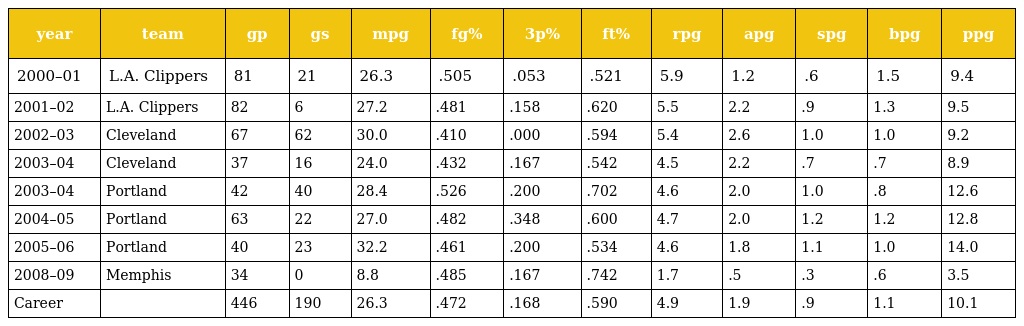
| year | team | gp | gs | mpg | fg% | 3p% | ft% | rpg | apg | spg | bpg | ppg |
 | --- | --- | --- | --- | --- | --- | --- | --- | --- | --- | --- | --- | --- |
 | 2000–01 | L.A. Clippers | 81 | 21 | 26.3 | .505 | .053 | .521 | 5.9 | 1.2 | .6 | 1.5 | 9.4 |
 | 2001–02 | L.A. Clippers | 82 | 6 | 27.2 | .481 | .158 | .620 | 5.5 | 2.2 | .9 | 1.3 | 9.5 |
 | 2002–03 | Cleveland | 67 | 62 | 30.0 | .410 | .000 | .594 | 5.4 | 2.6 | 1.0 | 1.0 | 9.2 |
 | 2003–04 | Cleveland | 37 | 16 | 24.0 | .432 | .167 | .542 | 4.5 | 2.2 | .7 | .7 | 8.9 |
 | 2003–04 | Portland | 42 | 40 | 28.4 | .526 | .200 | .702 | 4.6 | 2.0 | 1.0 | .8 | 12.6 |
 | 2004–05 | Portland | 63 | 22 | 27.0 | .482 | .348 | .600 | 4.7 | 2.0 | 1.2 | 1.2 | 12.8 |
 | 2005–06 | Portland | 40 | 23 | 32.2 | .461 | .200 | .534 | 4.6 | 1.8 | 1.1 | 1.0 | 14.0 |
 | 2008–09 | Memphis | 34 | 0 | 8.8 | .485 | .167 | .742 | 1.7 | .5 | .3 | .6 | 3.5 |
 | Career |  | 446 | 190 | 26.3 | .472 | .168 | .590 | 4.9 | 1.9 | .9 | 1.1 | 10.1 |